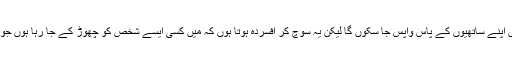
ڈینیل کہتے ہیں 'میں خوش ہوں کہ میں اپنے ساتھیوں کے پاس واپس جا سکوں گا لیکن یہ سوچ کر افسردہ ہوتا ہوں کہ میں کسی ایسے شخص کو چھوڑ کے جا رہا ہوں جو اس تمام وقت میں میرا سہارا رہا ہے۔